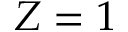
Z = 1